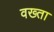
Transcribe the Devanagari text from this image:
वख्‍ता